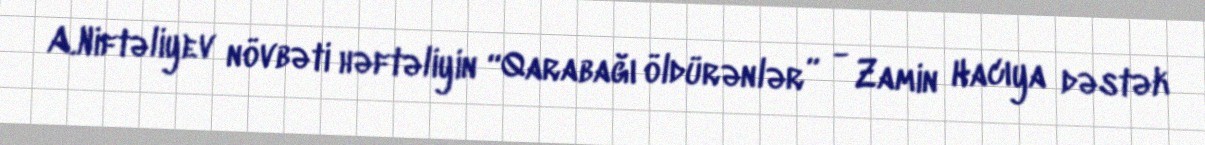
A.Niftəliyev növbəti həftəliyin “Qarabağı öldürənlər” - Zamin Hacıya dəstək